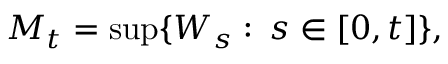
M _ { t } = \operatorname* { s u p } \{ W _ { s } \, \colon \, s \in [ 0 , t ] \} ,